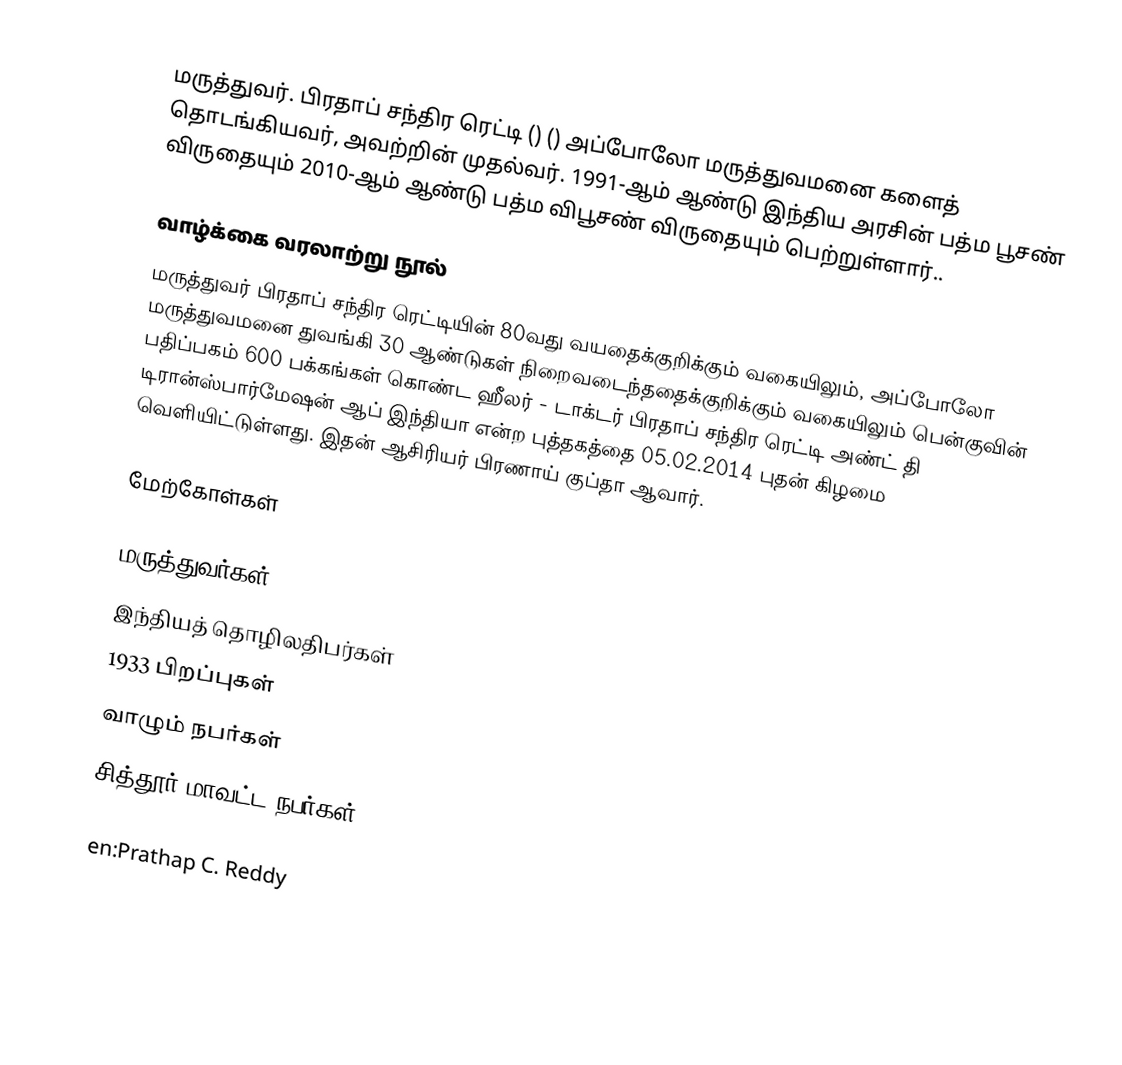
மருத்துவர். பிரதாப் சந்திர ரெட்டி () () அப்போலோ மருத்துவமனை களைத் தொடங்கியவர், அவற்றின் முதல்வர். 1991-ஆம் ஆண்டு இந்திய அரசின் பத்ம பூசண் விருதையும் 2010-ஆம் ஆண்டு பத்ம விபூசண் விருதையும் பெற்றுள்ளார்..

வாழ்க்கை வரலாற்று நூல்
மருத்துவர் பிரதாப் சந்திர ரெட்டியின் 80வது வயதைக்குறிக்கும் வகையிலும், அப்போலோ மருத்துவமனை துவங்கி 30 ஆண்டுகள் நிறைவடைந்ததைக்குறிக்கும் வகையிலும் பென்குவின் பதிப்பகம் 600 பக்கங்கள் கொண்ட ஹீலர் - டாக்டர் பிரதாப் சந்திர ரெட்டி அண்ட் தி டிரான்ஸ்பார்மேஷன் ஆப் இந்தியா என்ற புத்தகத்தை 05.02.2014 புதன் கிழமை வெளியிட்டுள்ளது.  இதன் ஆசிரியர் பிரணாய் குப்தா ஆவார்.

மேற்கோள்கள்

மருத்துவர்கள்
இந்தியத் தொழிலதிபர்கள்
1933 பிறப்புகள்
வாழும் நபர்கள்
சித்தூர் மாவட்ட நபர்கள்

en:Prathap C. Reddy